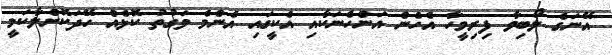
އޭނަގެ ލޯބިވާ ފިރިމީހާ އެހެން އަންހެނަކާއި އެކީގައި އެންމެ ވަގުތު ކޮޅެއް ހޭދަކޮށްލާކަމީ